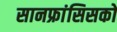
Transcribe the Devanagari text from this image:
सानफ्रांसिसको